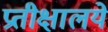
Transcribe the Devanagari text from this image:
प्रतीक्षालये